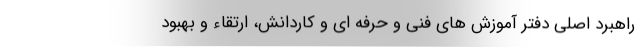
راهبرد اصلی دفتر آموزش های فنی و حرفه ای و کاردانش، ارتقاء و بهبود